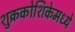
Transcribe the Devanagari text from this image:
शुक्रकोशिकेमध्ये